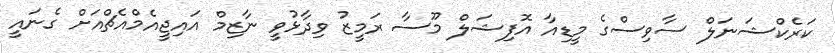
ކަރެކްޝަނަލް ސާވިސްގެ މީޑިއާ އޮފިޝަލް މޫސާ ރަމީޒު ވިދާޅުވީ ނާޒިމް އައިޖީއެމްއެޗްއަށް ގެނައީ